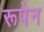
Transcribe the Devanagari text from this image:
रूपेन